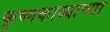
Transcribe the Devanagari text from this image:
कृष्णकाव्याच्या